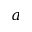
a